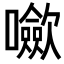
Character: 𡄥